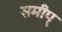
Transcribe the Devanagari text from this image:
समीप्